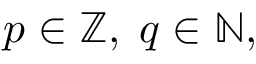
\; p \in \mathbb { Z } , \; q \in \mathbb { N } ,